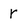
Character: r